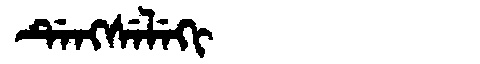
Manchu: ᡩᡝᠩᠰᡝᠯᡝᡴᡳ
Romanization: DENGSELEKI